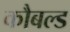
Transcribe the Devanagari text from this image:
कौबल्ड